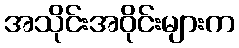
အသိုင်းအဝိုင်းများက